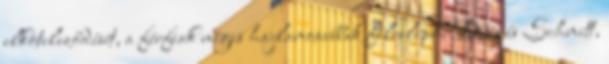
elköteleződését, a férﬁak mégis hajlamosabbak félrelépni Buss és Schmitt,